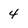
Character: 4